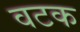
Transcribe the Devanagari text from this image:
वटक